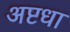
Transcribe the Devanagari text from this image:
अष्टधा